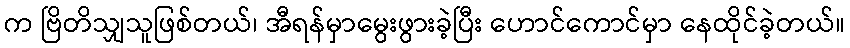
က ဗြိတိသျှသူဖြစ်တယ်၊ အီရန်မှာမွေးဖွားခဲ့ပြီး ဟောင်ကောင်မှာ နေထိုင်ခဲ့တယ်။